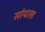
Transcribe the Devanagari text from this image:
सांयाल